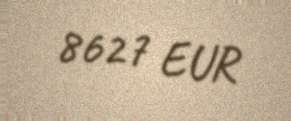
8627 EUR